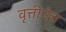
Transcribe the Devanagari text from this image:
वृत्तीनेच